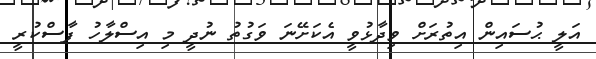
އަލީ ޙުސައިން އިތުރަށް ވިދާޅުވީ އެކަށޭނަ ވަގުތު ނުދީ މި އިސްލާހު ފާސްކުރީ